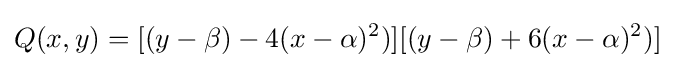
Q(x,y)=[(y-\beta )-4(x-\alpha )^{2})][(y-\beta )+6(x-\alpha )^{2})]